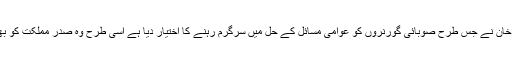
امید ہے کہ عمران خان نے جس طرح صوبائی گورنروں کو عوامی مسائل کے حل میں سرگرم رہنے کا اختیار دیا ہے اسی طرح وہ صدر مملکت کو بھی فعال بنائیں گے۔